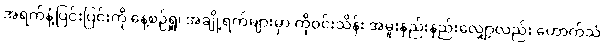
အရက်နံ့ပြင်းပြင်းကို နေ့စဉ်ရှူ၊ အချို့ရက်များမှာ ကိုဝင်းသိန်း အမူးနည်းနည်းလျှော့လည်း ဟောက်သံ